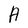
Character: A